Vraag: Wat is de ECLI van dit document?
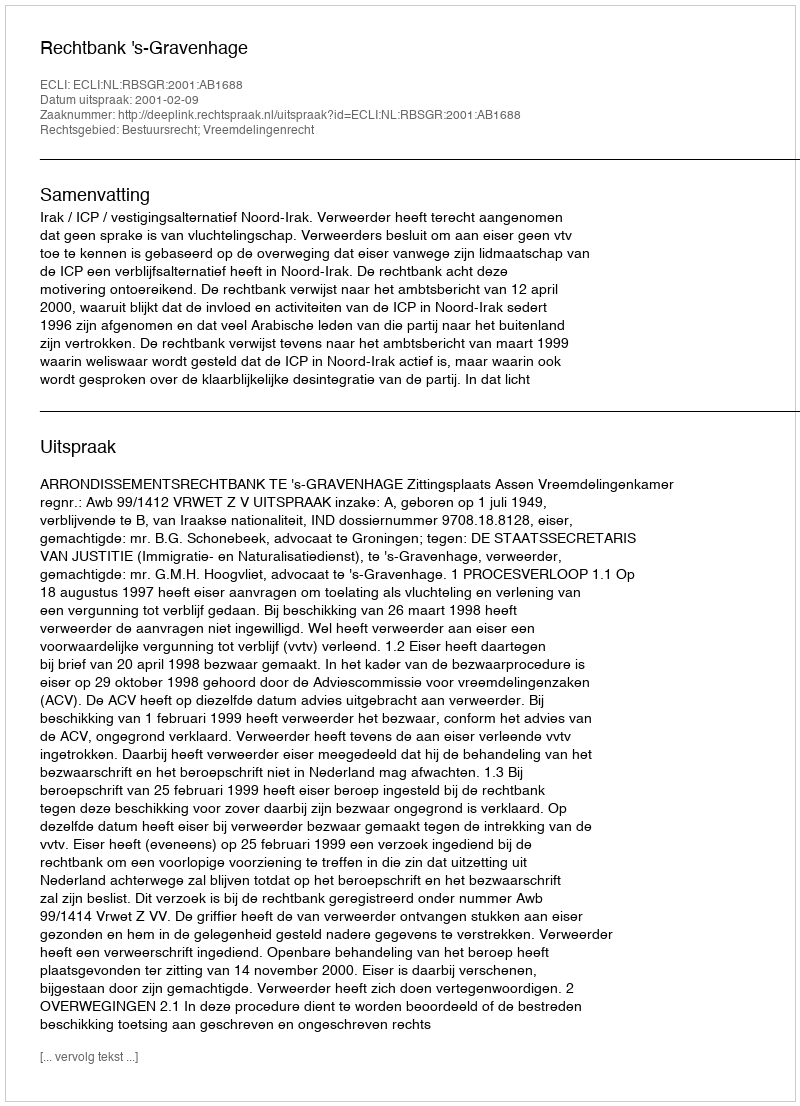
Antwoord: ECLI:NL:RBSGR:2001:AB1688